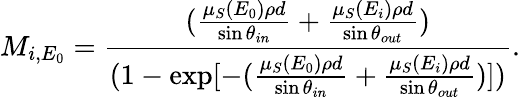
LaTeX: M_{i,E_{0}}=\frac{(\frac{\mu_{S}(E_{0})\rho d}{\sin\theta_{in}}+\frac{\mu_{S}(E_{i})\rho d}{\sin\theta_{out}})}{(1-\exp[-(\frac{\mu_{S}(E_{0})\rho d}{\sin\theta_{in}}+\frac{\mu_{S}(E_{i})\rho d}{\sin\theta_{out}})])}.